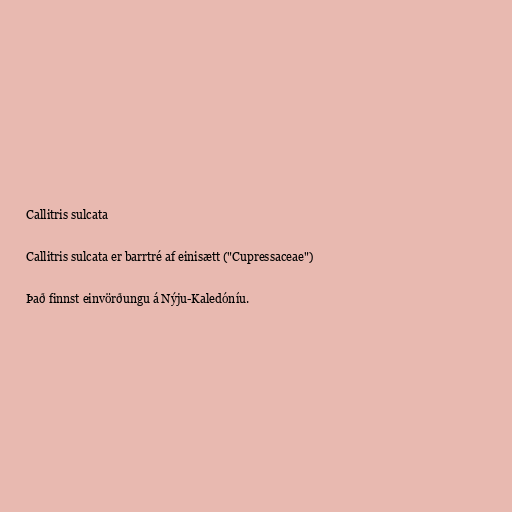
Callitris sulcata

Callitris sulcata er barrtré af einisætt ("Cupressaceae")

Það finnst einvörðungu á Nýju-Kaledóníu.